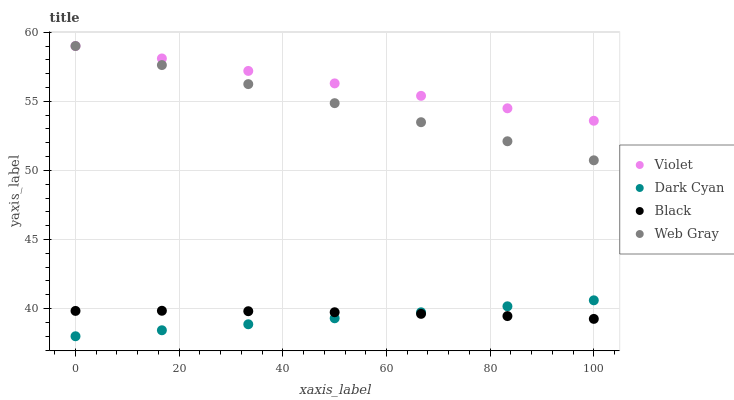
| xaxis_label | Violet | Dark Cyan | Black | Web Gray |
 | --- | --- | --- | --- | --- |
 | 0 | 59 | 38 | 39.8 | 59 |
 | 16.7 | 58.1 | 38.4 | 39.8 | 57.6 |
 | 33.3 | 57.2 | 38.9 | 39.8 | 56.2 |
 | 50 | 56.3 | 39.3 | 39.7 | 54.9 |
 | 66.7 | 55.4 | 39.7 | 39.6 | 53.5 |
 | 83.3 | 54.5 | 40.2 | 39.5 | 52.1 |
 | 100 | 53.6 | 40.6 | 39.3 | 50.7 |